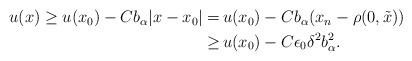
LaTeX: \begin{align*}\begin{aligned}u (x) \geq u (x_0) - C b_\alpha |x - x_0| = \,& u (x_0) - C b_\alpha (x_n - \rho (0, \tilde{x}))\\ \geq \,& u (x_0) - C \epsilon_0 \delta^2 b_\alpha^2.\end{aligned}\end{align*}